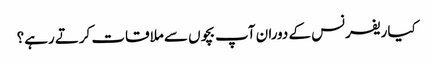
کیا ریفرنس کے دوران آپ بچوں سے ملاقات کرتے رہے؟